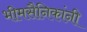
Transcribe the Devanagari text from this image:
भीमसैनिकांनी